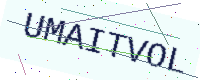
Text: UMAITVOL